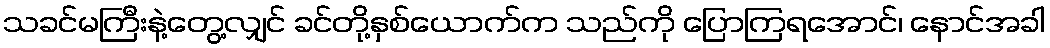
သခင်မကြီးနဲ့တွေ့လျှင် ခင်တို့နှစ်ယောက်က သည်ကို ပြောကြရအောင်၊ နောင်အခါ